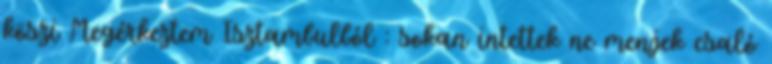
köszi Megérkeztem Isztambulból : sokan intettek ne menjek csaló